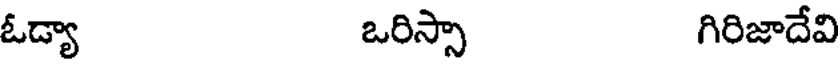
ఓడ్యా ఒరిస్సా గిరిజాదేవి